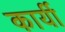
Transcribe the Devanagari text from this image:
कार्यी